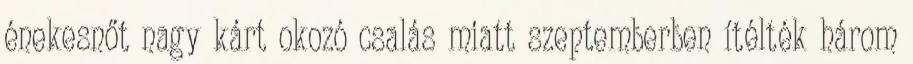
énekesnőt nagy kárt okozó csalás miatt szeptemberben ítélték három